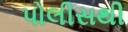
પોલીસથી